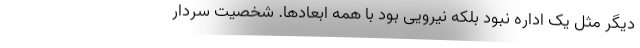
دیگر مثل یک اداره نبود بلکه نیرویی بود با همه ابعادها. شخصیت سردار